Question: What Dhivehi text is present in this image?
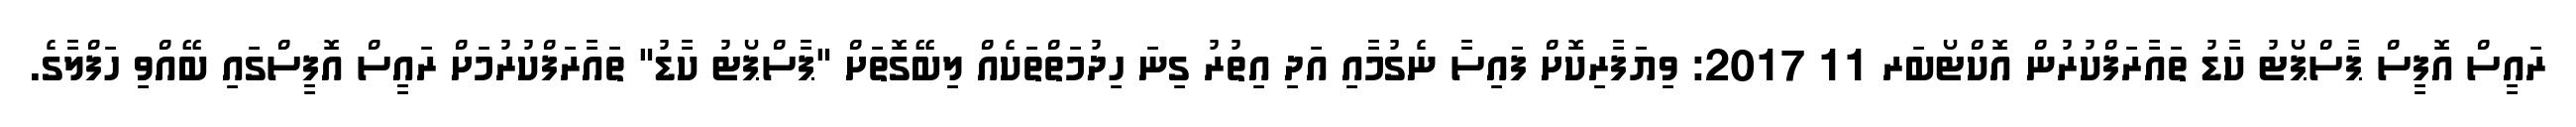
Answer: ރައީސް އޮފީސް ޕާސްޕޯޓު ކާޑު ތައާރަފްކުރުން އޮކްޓޯބަރ 11 2017: ވިޔަފާރިކޮށް ފައިސާ ނެގުމާއި އަދި އިތުރު ގިނަ ހިދުމަތްތަކެއް ލިބޭގޮތަށް "ޕާސްޕޯޓު ކާޑު" ތައާރަފްކުރުމަށް ރައީސް އޮފީސްގައި ބޭއްވި ހަފްލާގެ.